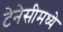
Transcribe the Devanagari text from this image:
टेनेसीमध्ये